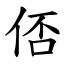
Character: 俖